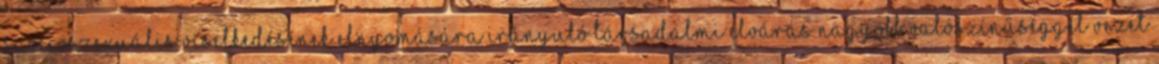
szocioszexuális viselkedésének elnyomására irányuló társadalmi elvárás nagyobb valószínűséggel vezet